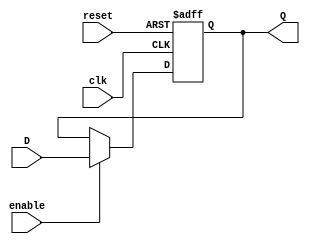
module reg_N_bits_with_areset_enable(
	input reset, clk, enable,
	input [N-1:0] D,
	output reg [N-1:0] Q);
	
	parameter N = 8;
		
	always @(posedge clk, negedge reset)
		if (!reset)
			Q = 0;
		else if (enable)
			Q = D;
		else
			Q = Q;
		
endmodule